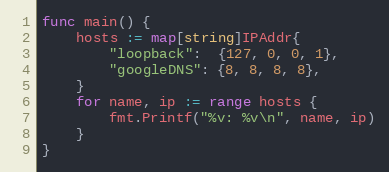
Language: Go
func main() {
	hosts := map[string]IPAddr{
		"loopback":  {127, 0, 0, 1},
		"googleDNS": {8, 8, 8, 8},
	}
	for name, ip := range hosts {
		fmt.Printf("%v: %v\n", name, ip)
	}
}